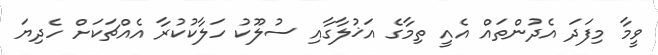
ވީމާ މިފަދަ އެދުންތައް އެއީ ތިމާގެ އަޚުލާގާއި ސުލޫކު ހަލާކުކުރާ އެއްޗަކަށް ހެދިޔަ